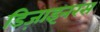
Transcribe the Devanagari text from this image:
डिज़ाइनरस